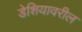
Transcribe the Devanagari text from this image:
डेशियावरील